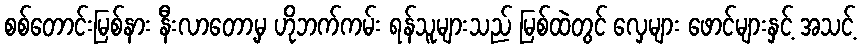
စစ်တောင်းမြစ်နား နီးလာတော့မှ ဟိုဘက်ကမ်း ရန်သူများသည် မြစ်ထဲတွင် လှေများ ဖောင်များနှင့် အသင့်